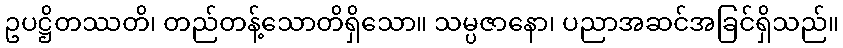
ဥပဋ္ဌိတဿတိ၊ တည်တန့်သောတိရှိသော။ သမ္ပဇာနော၊ ပညာအဆင်အခြင်ရှိသည်။